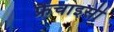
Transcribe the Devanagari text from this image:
फ्रैंचाइसी